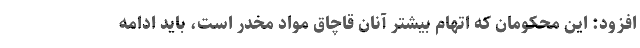
افزود: این محکومان که اتهام بیشتر آنان قاچاق مواد مخدر است، باید ادامه